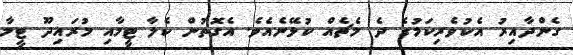
ގެންދާއިރު އެކުވެރިކަމުގެ ދެ މެޗެއް ކުޅޭނެއެވެ. އެގޮތުން ކެލާ ޓީމާއި މުރައިދޫ ޓީމާ